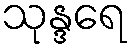
သုန္ဒရေ